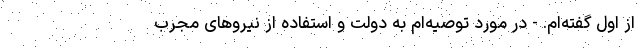
از اول گفته‌ام. - در مورد توصیه‌ام به دولت و استفاده از نیرو‌های مجرب